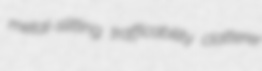
metal-slitting trafficability clatterer